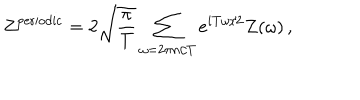
Z ^ { \mathrm { p e r i o d i c } } = 2 \sqrt { \frac { \pi } { T } } \sum _ { \omega = 2 \pi n / T } e ^ { i T \omega / 2 } Z ( \omega ) \, ,